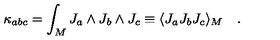
\kappa _ { a b c } = \int _ { M } J _ { a } \wedge J _ { b } \wedge J _ { c } \equiv \langle J _ { a } J _ { b } J _ { c } \rangle _ { M } \quad .